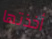
أخذتها